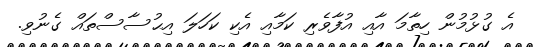
އެ ގުޅުމުން ހިތާމަ އާއި އުފާވެރި ކަމާއި އެކި ކަހަލަ އިޙުސާސްތައް ގެނުވި.